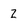
Character: Z